Insane asylums Bombay 1873-77 - 1873-1877
Year: 1873
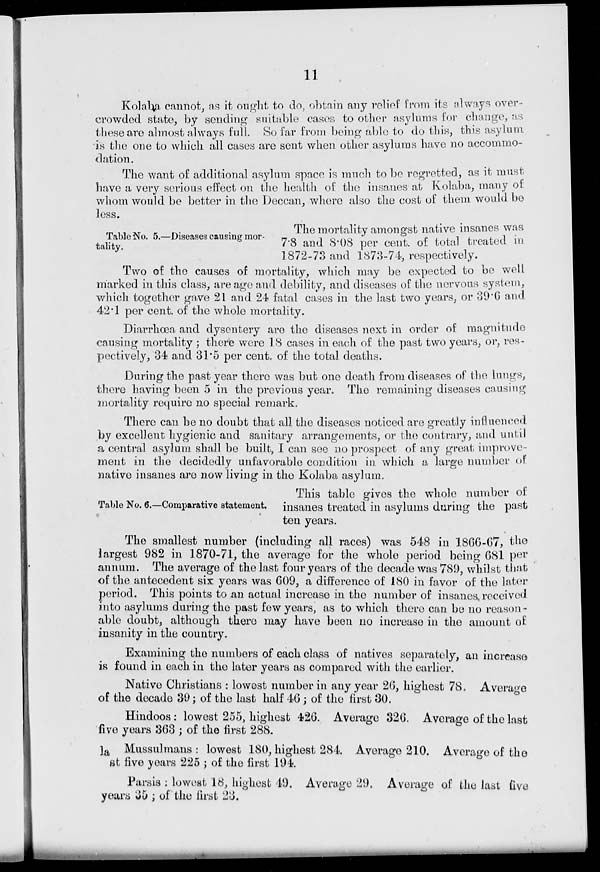
11
Kolaba cannot, as it ought to do, obtain any relief from its always over-
crowded state, by sending suitable eases to other asylums for change, as
these are almost always full. So far from being able to do this, this asylum
is the one to which all cases are sent when other asylums have no accommo-
dation.
The want of additional asylum space is much to be regretted, as it must
have a very serious effect on the health of the insaues at Kolaba, many of
whom would be better in the Deccan, where also the cost of them would bo
less.
Table No. 5.—Diseases causing mor-
tality.
The mortality amongst native insaues was
7.8 and 8.08 per cent. of total treated in
1872-73 and 1873-74, respectively.
Two of the causes of mortality, which may be expected to be well
marked in this class, are age and debility, and diseases of the nervous system,
which together gave 21 and 24 fatal cases in the last two years, or 39.6 and
42.1 per cent. of the whole mortality.
Diarrhoea and dysentery are the diseases next in order of magnitude
causing mortality ; there were 18 cases in each of the past two years, or, res-
pectively, 34 and 31.5 per cent. of the total deaths.
During the past year there was but one death from diseases of the lungs,
there having been 5 in the previous year. The remaining diseases causing
mortality require no special remark.
There can be no doubt that all the diseases noticed are greatly influenced
by excellent hygienic and sanitary arrangements, or the contrary, and until
a central asylum shall be built, I can see no prospect of any great improve
ment in the decidedly unfavorable condition in which a large number of
native insanes are now living in the Kolaba asylum.
Table No. 6.—Comparative statement.
This table gives the whole number of
insanes treated in asylums during the past
ten years.
The smallest number (including all races) was 548 in 1866-67, the
largest 982 in 1870-71, the average for the whole period being 681 per
annum. The average of the last four years of the decade was 789, whilst that
of the antecedent six years was 609, a difference of 180 in favor of the la-tor
period. This points to an actual increase in the number of insanes, received
into asylums during the past few years, as to which there can bo no reason-
able doubt, although there may have been no increase in the amount of
insanity in the country.
Examining the numbers of each class of natives separately, an increase
is found in each in the later years as compared with the earlier.
Native Christians : lowest number in any year 26, highest 78. Average
of the decade 39 ; of the last half 46 ; of the first 30.
Hindoos: lowest 255, highest 426. Average 326. Average of the last
five years 363 ; of the first 288.
la Mussulmans : lowest 180, highest 284. Average 210. Average of the
st five years 225 ; of the first 194.
Parsis ; lowest 18, highest 49. Average 29. Average of the last five
years 35 ; of the first 23.